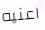
اعنيه